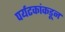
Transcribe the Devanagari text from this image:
पर्यटकांकडून